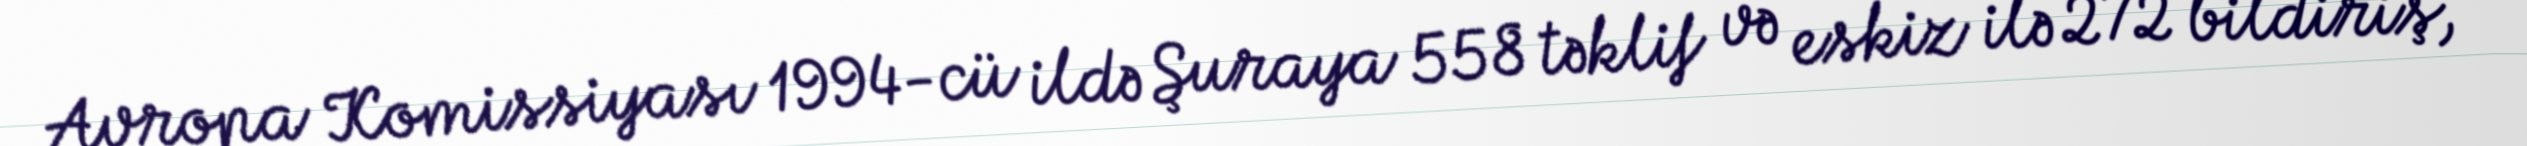
Avropa Komissiyası 1994-cü ildə Şuraya 558 təklif və eskiz ilə 272 bildiriş,